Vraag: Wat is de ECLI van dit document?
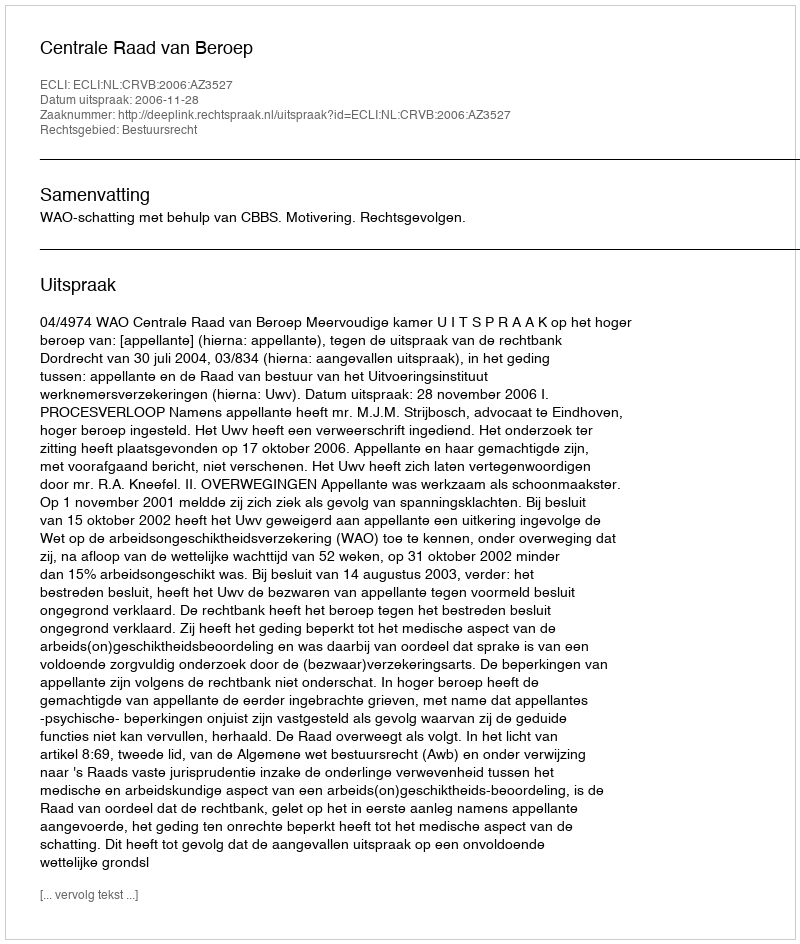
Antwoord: ECLI:NL:CRVB:2006:AZ3527